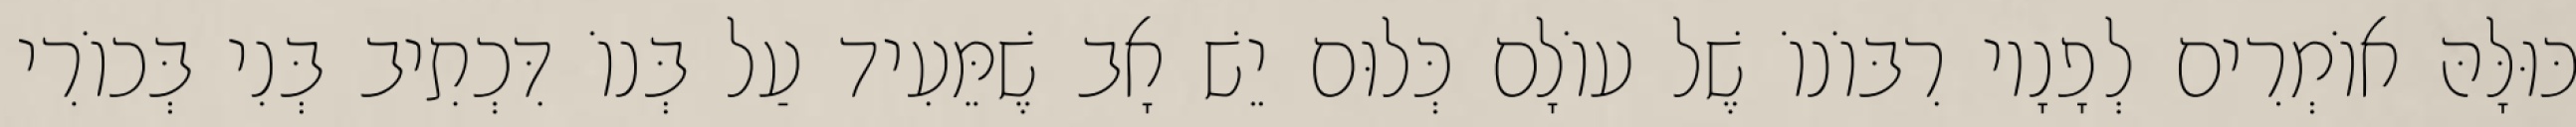
כּוּלָּהּ אוֹמְרִים לְפָנָיו רִבּוֹנוֹ שֶׁל עוֹלָם כְּלוּם יֵשׁ אָב שֶׁמֵּעִיד עַל בְּנוֹ דִּכְתִיב בְּנִי בְּכוֹרִי